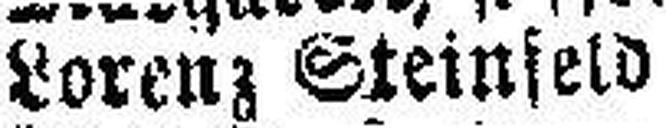
Lorenz Steinfeld